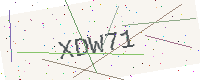
Text: XDW71